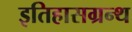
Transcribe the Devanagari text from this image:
इतिहासग्रन्थ